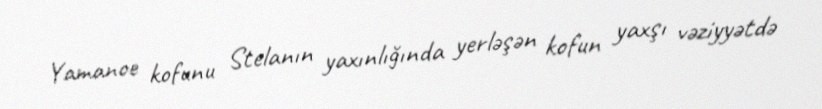
Yamanoe kofunu Stelanın yaxınlığında yerləşən kofun yaxşı vəziyyətdə